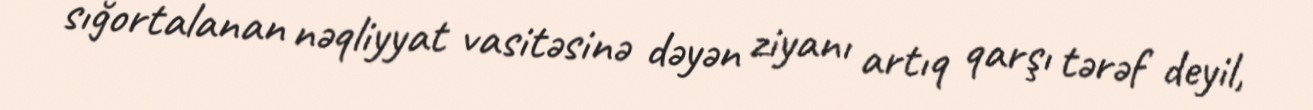
sığortalanan nəqliyyat vasitəsinə dəyən ziyanı artıq qarşı tərəf deyil,